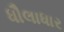
ધૌલાધાર